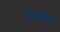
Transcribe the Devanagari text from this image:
क्रन्तकों